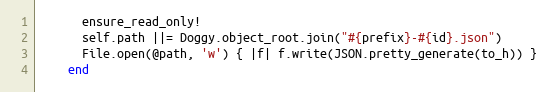
Language: Ruby
      ensure_read_only!
      self.path ||= Doggy.object_root.join("#{prefix}-#{id}.json")
      File.open(@path, 'w') { |f| f.write(JSON.pretty_generate(to_h)) }
    end